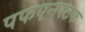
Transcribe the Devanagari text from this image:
पफएनस्टफ